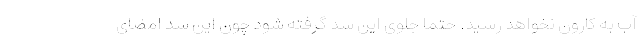
آب به کارون نخواهد رسید. حتما جلوی این سد گرفته شود چون این سد امضای